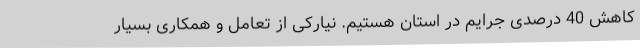
کاهش 40 درصدی جرایم در استان هستیم. نیارکی از تعامل و همکاری بسیار